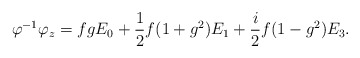
\begin{align*} \varphi^{-1}\varphi_z=fgE_0+\frac{1}{2}f(1+g^2)E_1+\frac{i}{2}f(1-g^2)E_3.\end{align*}